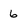
Character: 6